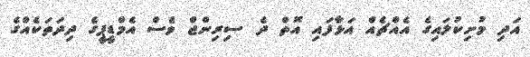
އަދި މުށިކުލައިގެ އެއްޗެއް އަޅާފައި އޮތް ދެ ސިރިންޖް ވެސް އެމްޑީޕީގެ ދިދަތަކެއްގެ